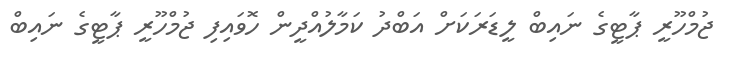
ޖުމްހޫރީ ޕާޓީގެ ނައިބް ލީޑަރަކަށް އަބްދު ކަމާލުއްދީން ހޮވައިފި ޖުމްހޫރީ ޕާޓީގެ ނައިބް